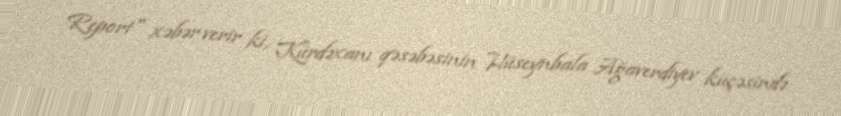
Report" xəbər verir ki, Kürdəxanı qəsəbəsinin Hüseynbala Ağaverdiyev küçəsində